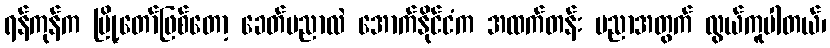
ရန်ကုန်က မြို့တော်ဖြစ်တော့ ခေတ်ပညာလဲ အောက်နိုင်ငံက အထက်တန်း ပညာအတွက် လွယ်ကူပါတယ်၊